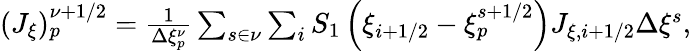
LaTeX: \begin{array}{r}{(J_{\xi})_{p}^{\nu+1/2}=\frac{1}{\Delta\xi_{p}^{\nu}}\sum_{s\in\nu}\sum_{i}S_{1}\left(\xi_{i+1/2}-\xi_{p}^{s+1/2}\right)J_{\xi,i+1/2}\Delta\xi^{s},}\end{array}